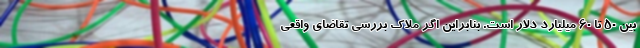
بین ۵۰ تا ۶۰ میلیارد دلار است. بنابراین اگر ملاک بررسی تقاضای واقعی